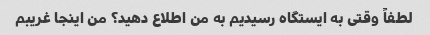
لطفاً وقتی به ایستگاه رسیدیم به من اطلاع دهید؟ من اینجا غریبم